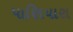
પાણિયારા